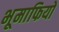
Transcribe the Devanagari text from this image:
भूमाफियों